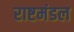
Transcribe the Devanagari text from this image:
राष्टमंडल